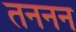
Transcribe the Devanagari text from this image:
तननन